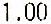
1.00